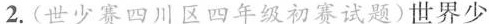
2.(世少赛四川区四年级初赛试题)世界少